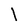
Character: I